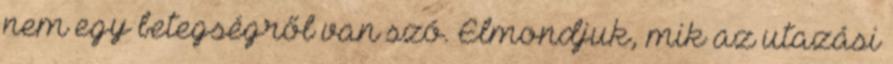
nem egy betegségről van szó. Elmondjuk, mik az utazási